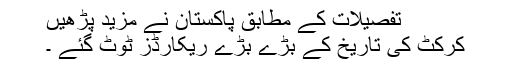
تفصیلات کے مطابق پاکستان نے مزید پڑھیں
کرکٹ کی تاریخ کے بڑے بڑے ریکارڈز ٹوٹ گئے ۔